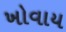
ખોવાય